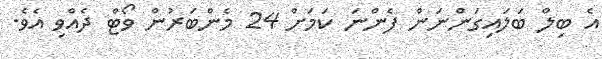
އެ ބިލް ބަލައިގަންނަން ފެންނަ ކަމަށް 24 މެންބަރުން ވޯޓް ދެއްވި އެވެ.